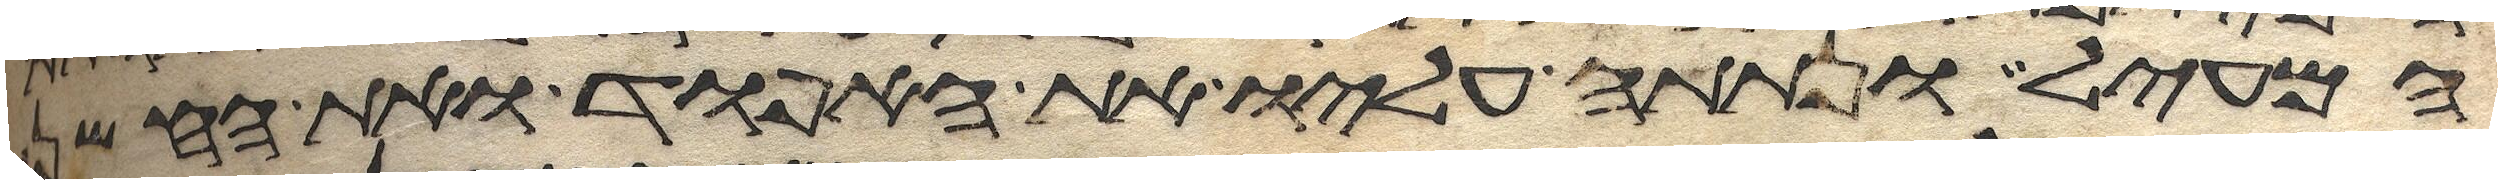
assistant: המעיל ונתתה עליו את האפוד ואת החשן